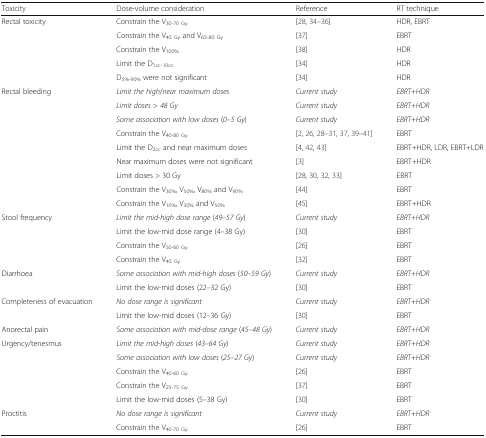
<table><thead><tr><td><b>Toxicity</b></td><td><b>Dose-volume consideration</b></td><td><b>Reference</b></td><td><b>RT technique</b></td></tr></thead><tbody><tr><td rowspan="5">Rectal toxicity</td><td>Constrain the V<sub>30-70 Gy</sub></td><td>[28, 34–36]</td><td>HDR, EBRT</td></tr><tr><td>Constrain the V<sub>40 Gy</sub> and V<sub>65-80 Gy</sub></td><td>[37]</td><td>EBRT</td></tr><tr><td>Constrain the V<sub>100%</sub></td><td>[38]</td><td>HDR</td></tr><tr><td>Limit the D<sub>1cc-10cc</sub></td><td>[34]</td><td>HDR</td></tr><tr><td>D<sub>5%-90%</sub> were not significant</td><td>[34]</td><td>HDR</td></tr><tr><td rowspan="9">Rectal bleeding</td><td><i>Limit the high</i>/<i>near maximum doses</i></td><td><i>Current study</i></td><td><i>EBRT</i>+<i>HDR</i></td></tr><tr><td><i>Limit doses</i> &gt; <i>48 Gy</i></td><td><i>Current study</i></td><td><i>EBRT</i>+<i>HDR</i></td></tr><tr><td><i>Some association with low doses</i> (<i>0</i>–<i>5 Gy</i>)</td><td><i>Current study</i></td><td><i>EBRT</i>+<i>HDR</i></td></tr><tr><td>Constrain the V<sub>40-80 Gy</sub></td><td>[2, 26, 28–31, 37, 39–41]</td><td>EBRT</td></tr><tr><td>Limit the D<sub>2cc</sub> and near maximum doses</td><td>[4, 42, 43]</td><td>EBRT+HDR, LDR, EBRT+LDR</td></tr><tr><td>Near maximum doses were not significant</td><td>[3]</td><td>EBRT+HDR</td></tr><tr><td>Limit doses &gt; 30 Gy</td><td>[28, 30, 32, 33]</td><td>EBRT</td></tr><tr><td>Constrain the V<sub>30%</sub>, V<sub>50%</sub>, V<sub>80%</sub> and V<sub>90%</sub></td><td>[44]</td><td>EBRT</td></tr><tr><td>Constrain the V<sub>10%</sub>, V<sub>30%</sub> and V<sub>50%</sub></td><td>[45]</td><td>EBRT+HDR</td></tr><tr><td rowspan="4">Stool frequency</td><td><i>Limit the mid</i>-<i>high dose range</i> (<i>49</i>–<i>57 Gy</i>)</td><td><i>Current study</i></td><td><i>EBRT</i>+<i>HDR</i></td></tr><tr><td>Limit the low-mid dose range (4–38 Gy)</td><td>[30]</td><td>EBRT</td></tr><tr><td>Constrain the V<sub>50-60 Gy</sub></td><td>[26]</td><td>EBRT</td></tr><tr><td>Constrain the V<sub>40 Gy</sub></td><td>[32]</td><td>EBRT</td></tr><tr><td rowspan="2">Diarrhoea</td><td><i>Some association with mid</i>-<i>high doses</i> (<i>50</i>–<i>59 Gy</i>)</td><td><i>Current study</i></td><td><i>EBRT</i>+<i>HDR</i></td></tr><tr><td>Limit the low-mid doses (22–32 Gy)</td><td>[30]</td><td>EBRT</td></tr><tr><td rowspan="2">Completeness of evacuation</td><td><i>No dose range is significant</i></td><td><i>Current study</i></td><td><i>EBRT</i>+<i>HDR</i></td></tr><tr><td>Limit the low-mid doses (12–36 Gy)</td><td>[30]</td><td>EBRT</td></tr><tr><td>Anorectal pain</td><td><i>Some association with mid</i>-<i>dose range</i> (<i>45</i>–<i>48 Gy</i>)</td><td><i>Current study</i></td><td><i>EBRT</i>+<i>HDR</i></td></tr><tr><td rowspan="5">Urgency/tenesmus</td><td><i>Limit the mid</i>-<i>high doses</i> (<i>43</i>–<i>64 Gy</i>)</td><td><i>Current study</i></td><td><i>EBRT</i>+<i>HDR</i></td></tr><tr><td><i>Some association with low doses</i> (<i>25</i>–<i>27 Gy</i>)</td><td><i>Current study</i></td><td><i>EBRT</i>+<i>HDR</i></td></tr><tr><td>Constrain the V<sub>40-60 Gy</sub></td><td>[26]</td><td>EBRT</td></tr><tr><td>Constrain the V<sub>25-75 Gy</sub></td><td>[37]</td><td>EBRT</td></tr><tr><td>Limit the low-mid doses (5–38 Gy)</td><td>[30]</td><td>EBRT</td></tr><tr><td rowspan="2">Proctitis</td><td><i>No dose range is significant</i></td><td><i>Current study</i></td><td><i>EBRT</i>+<i>HDR</i></td></tr><tr><td>Constrain the V<sub>40-70 Gy</sub></td><td>[26]</td><td>EBRT</td></tr></tbody></table>